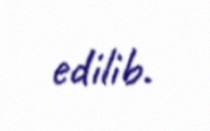
edilib.